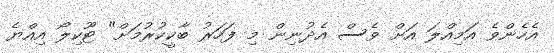
އެހެންވެ އަމިއްލަ އަށް ވެސް އެދުނިން މި ފަހަރު ބާކީކުރުމަށް" ޓޫކިލޯ އިއްޔެ